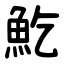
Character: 䰴